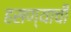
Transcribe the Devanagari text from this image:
हसण्याची